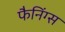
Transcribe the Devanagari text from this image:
फैनिंग्स